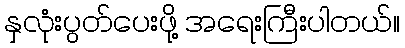
နှလုံးပွတ်ပေးဖို့ အရေးကြီးပါတယ်။